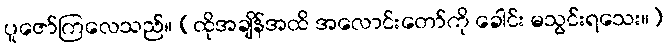
ပူဇော်ကြလေသည်။ (ထိုအချိန်အထိ အလောင်းတော်ကို ခေါင်း မသွင်းရသေး။)